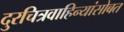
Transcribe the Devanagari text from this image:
दुरचित्रवाहिन्यांसोबत